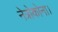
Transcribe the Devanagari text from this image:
नेत्रोकोना।